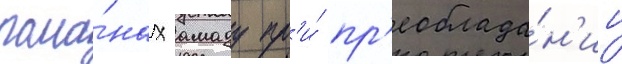
рома́нах амаду пр'и́ пр'еоблада́н'ии